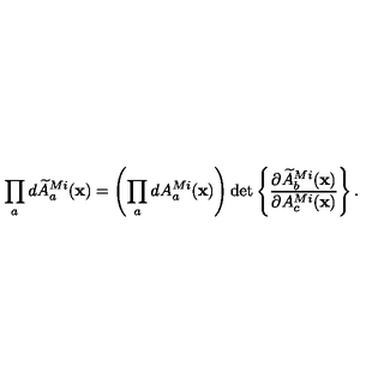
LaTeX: \prod _ { a } d \widetilde { A } _ { a } ^ { M i } ( { \bf x } ) = \left( \prod _ { a } d A _ { a } ^ { M i } ( { \bf x } ) \right) \det \left\{ { \frac { \partial \widetilde { A } _ { b } ^ { M i } ( { \bf x } ) } { \partial A _ { c } ^ { M i } ( { \bf x } ) } } \right\} .